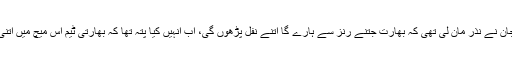
کہنے لگا کہ امی جان نے نذر مان لی تھی کہ بھارت جتنے رنز سے ہارے گا اتنے نفل پڑھوں گی، اب انہیں کیا پتہ تھا کہ بھارتی ٹیم اس میچ میں اتنی نکمی ثابت ہوگی۔